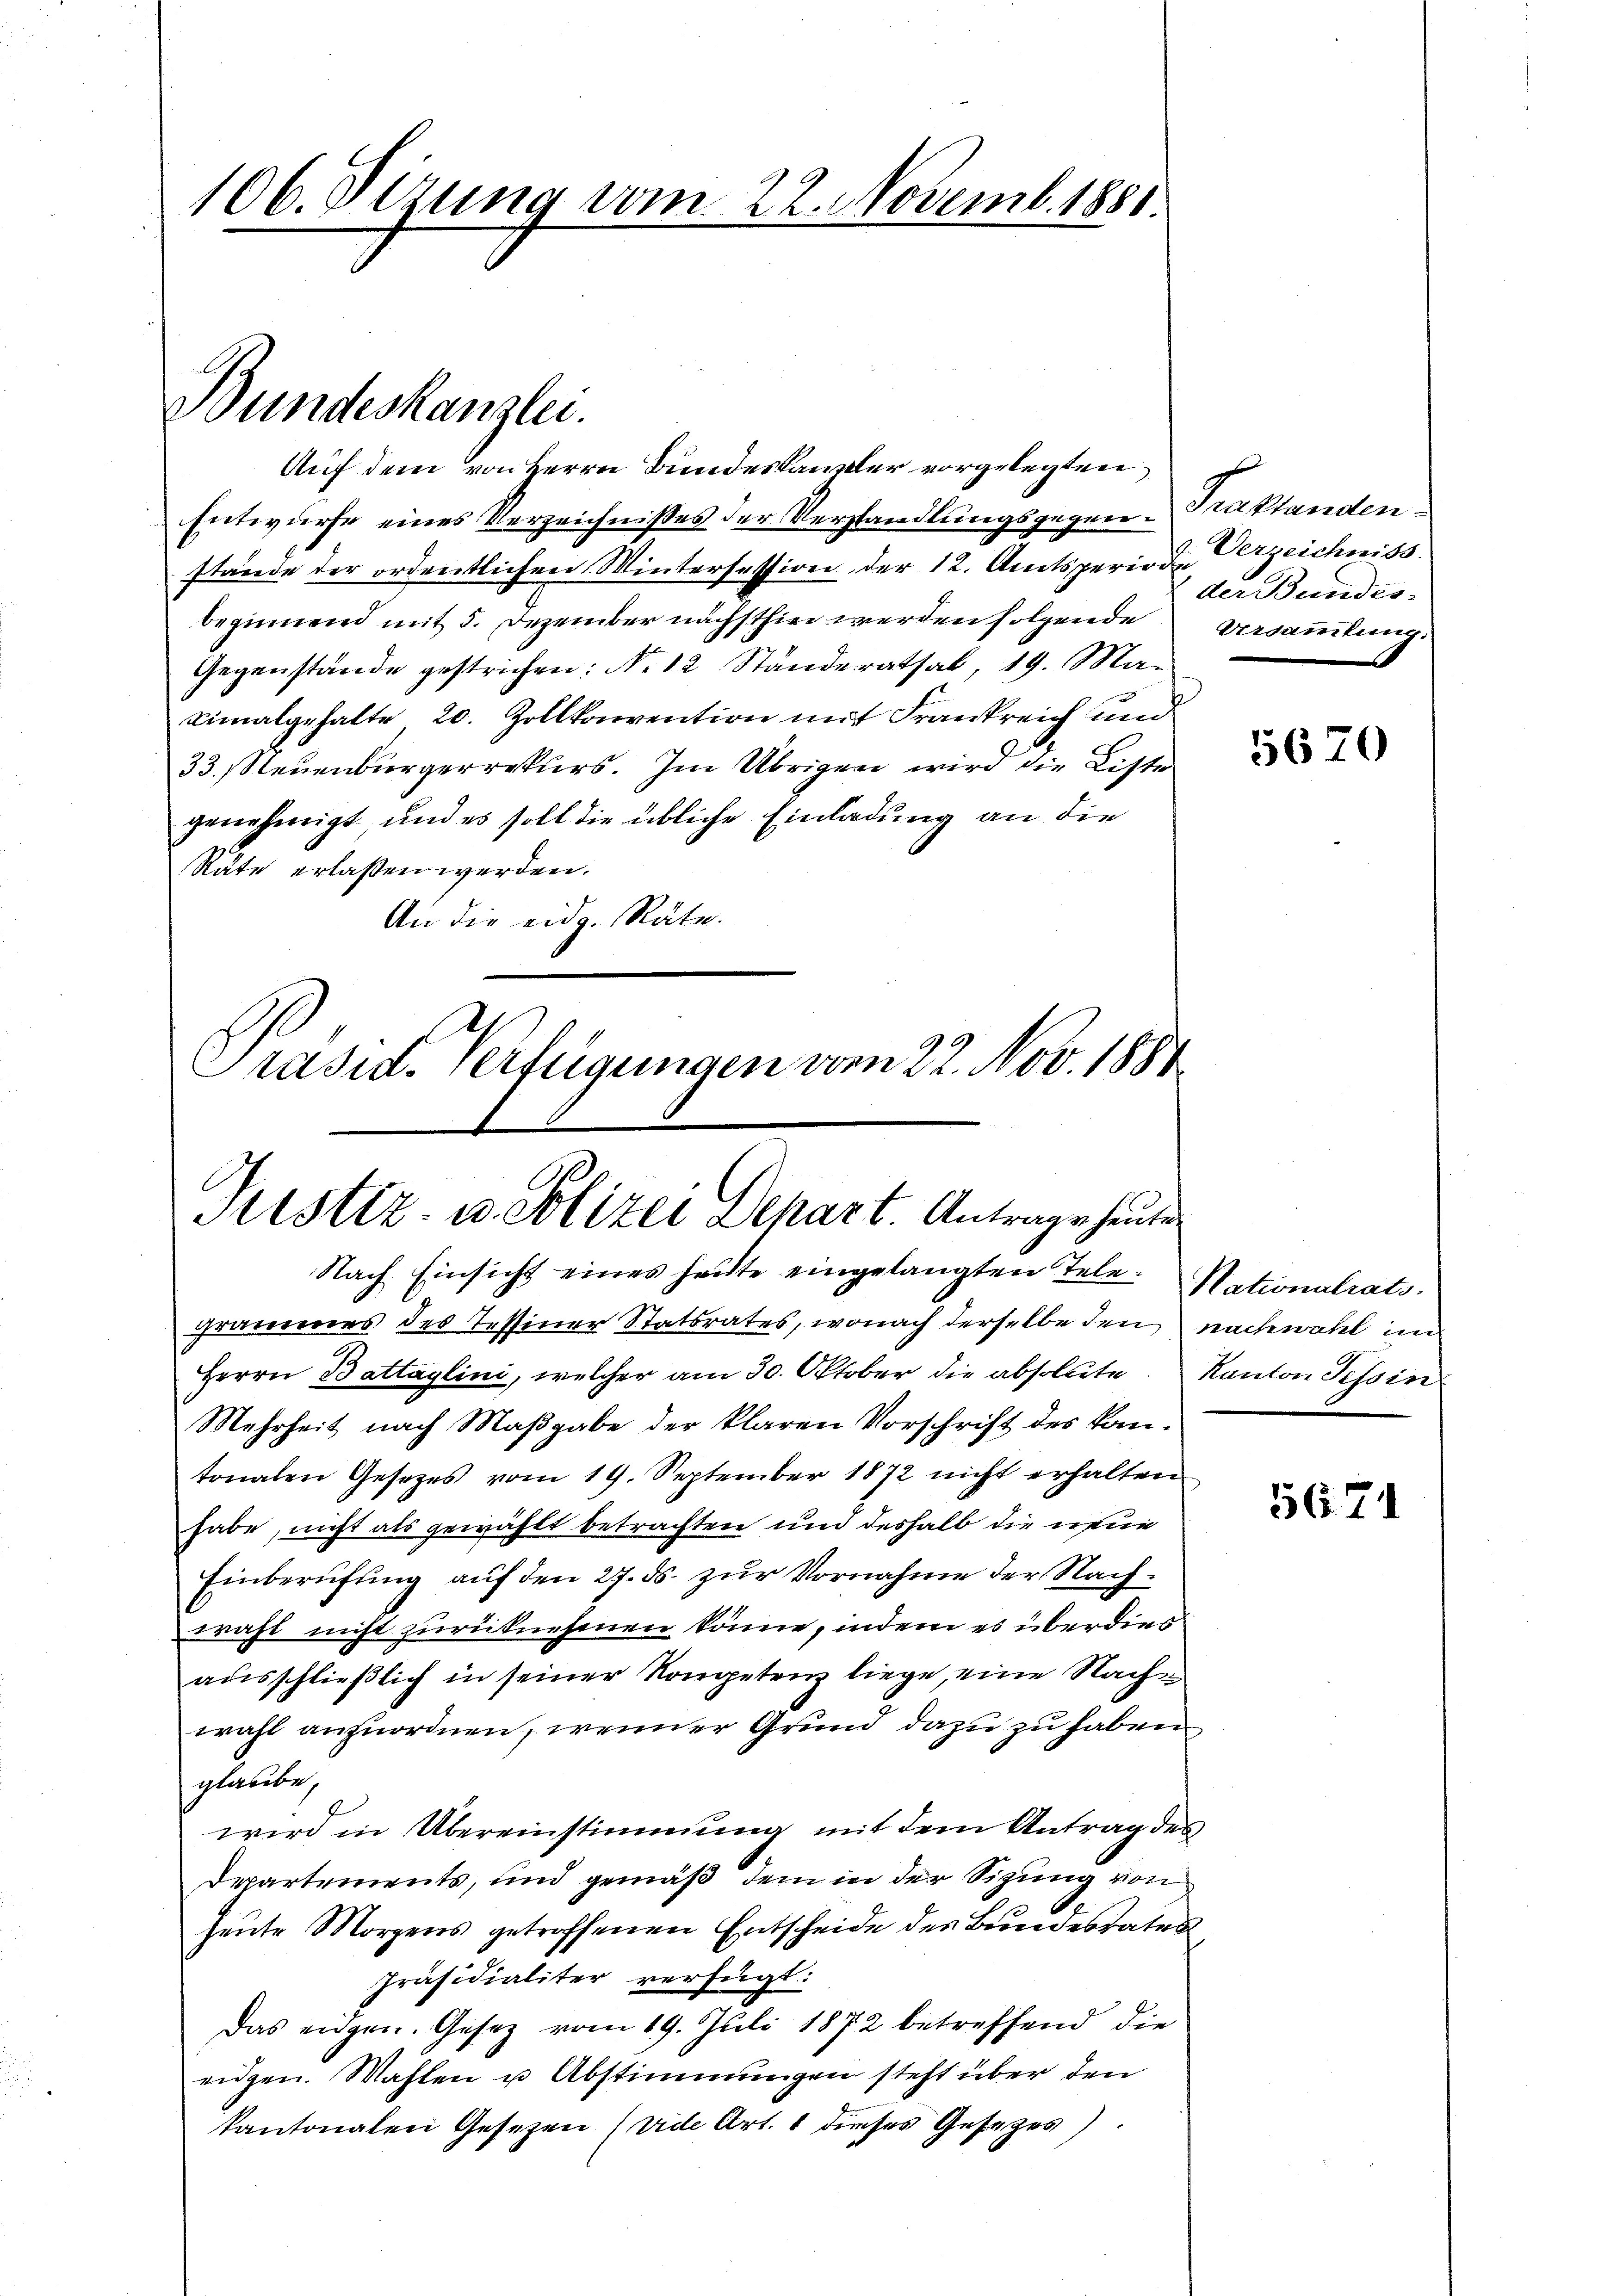
106. Setzung vom 22. Novemb. 1881

Bundeskanzlei.

Auf dem von Herrn Bundeskanzler vorgelegten
Entwurfe eines Verzeichnißes der Verhandlungsgegen-Traktanden
stände der ordentlichen Wintersession der 12. Amtsperiode Verzeichniss
beginnend mit 5. Dezember nächsthin werden folgende
Gegenstände gestrichen: No 12 Ständerathal, 19. Ma-
eimalgehalte 20. Zollkonvention mit Frankreich und
33. Steuenburgerrekurs. Im Übrigen wird die Liste
genehmigt und es soll die übliche Einladung an die
Räte erlassen werden.
An die eidg. Räte.
Prasit. Verfügungen vom 22. Nov. 1884

Justiz- u. Polizei Depart. Antrage heute

Nach Einsicht eines heute eingelangten Tele. Nationalrats-
grammes des Tessiner Statsrates, wonach derselbe den nachwahl im
Herrn Battaglini, welcher am 30. Oktober die absolute. Kanton Tessin
Mehrheit nach Maßgabe der klaren Vorschrift des kan-
tonalen Gesetzes vom 19. September 1872 nicht erhalten
habe, nicht als gewählt betrachten und deshalb die neue
Einberufung auf den 27. ds. zur Vornahme der Nachwahl nicht zurücknehmen könne, indem es überdies
ausschließlich in seiner Kompetenz liege, eine Nachwahl anzuordnen, wenner Grund dazu zu haben
glaube,
wird in Übereinstimmung mit dem Antrag des
Departements, und gemäß dem in der Sizung von
heute Morgens getroffenen Entscheide des Bundesrates,
Präsidialiter verfügt:
Das eidgen. Gesetz vom 19. Juli 1872 betreffend die
eidgen. Wahlen u Abstimmungen steht über den
kantonalen Gesetzen (vide Art. 1 dieses Gesetzes)

der Bundes.
Versammlung.

5670

5671